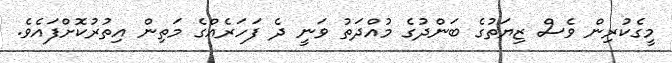
މީގެކުރިން ވެސް ޒިޔަތުގެ ބަންދުގެ މުއްދަތު ވަނީ ދެ ފަހަރެއްގެ މަތިން އިތުރުކޮށްފައެވެ.